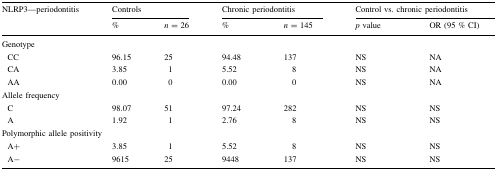
<table><thead><tr><td rowspan="2"><b>NLRP3—periodontitis</b></td><td colspan="2"><b>Controls</b></td><td colspan="2"><b>Chronic periodontitis</b></td><td colspan="2"><b>Control vs. chronic periodontitis</b></td></tr><tr><td><b>%</b></td><td><b><i>n</i> = 26</b></td><td><b>%</b></td><td><b><i>n</i> = 145</b></td><td><b><i>p</i> value</b></td><td><b>OR (95 % CI)</b></td></tr></thead><tbody><tr><td colspan="7">Genotype</td></tr><tr><td> CC</td><td>96.15</td><td>25</td><td>94.48</td><td>137</td><td>NS</td><td>NA</td></tr><tr><td> CA</td><td>3.85</td><td>1</td><td>5.52</td><td>8</td><td>NS</td><td>NA</td></tr><tr><td> AA</td><td>0.00</td><td>0</td><td>0.00</td><td>0</td><td>NS</td><td>NA</td></tr><tr><td colspan="7">Allele frequency</td></tr><tr><td> C</td><td>98.07</td><td>51</td><td>97.24</td><td>282</td><td>NS</td><td>NS</td></tr><tr><td> A</td><td>1.92</td><td>1</td><td>2.76</td><td>8</td><td>NS</td><td>NS</td></tr><tr><td colspan="7">Polymorphic allele positivity</td></tr><tr><td> A+</td><td>3.85</td><td>1</td><td>5.52</td><td>8</td><td>NS</td><td>NS </td></tr><tr><td> A−</td><td>9615</td><td>25</td><td>9448</td><td>137</td><td>NS</td><td>NS</td></tr></tbody></table>